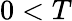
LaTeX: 0<T